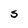
Character: S